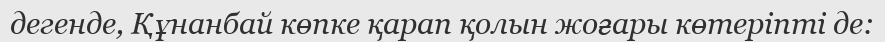
дегенде, Құнанбай көпке қарап қолын жоғары көтеріпті де: